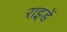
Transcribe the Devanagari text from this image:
राइडें